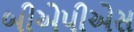
બીએપીએસ